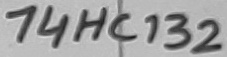
Text: 74HC132